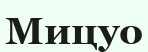
Мицуо